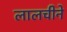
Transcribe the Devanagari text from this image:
लालचीने